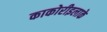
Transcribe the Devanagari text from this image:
काकोरीइलाके